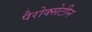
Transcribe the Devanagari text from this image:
पैरोक्सेटीन